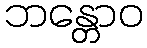
ဘန္တောဝ